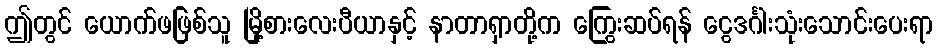
ဤတွင် ယောက်ဖဖြစ်သူ မြို့စားလေးပီယာနှင့် နာတာရှာတို့က ကြွေးဆပ်ရန် ငွေဒင်္ဂါးသုံးသောင်းပေးရာ